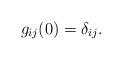
LaTeX: \begin{align*} g_{ij}(0)=\delta_{ij}.\end{align*}